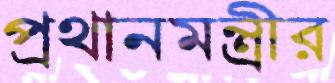
প্রথানমন্ত্রীর